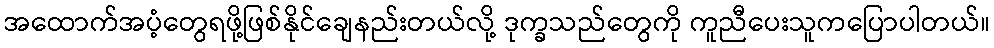
အထောက်အပံ့တွေရဖို့ဖြစ်နိုင်ချေနည်းတယ်လို့ ဒုက္ခသည်တွေကို ကူညီပေးသူကပြောပါတယ်။